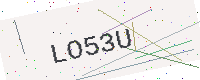
Text: LO53U